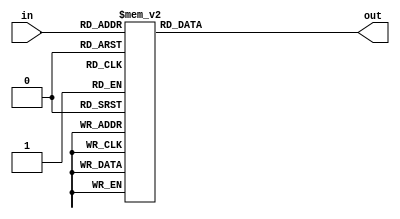
/*
 * Convert a 4-bit binary number for use on a
 * negative-logic seven-segment display.
 */
module ssdd(in, out);
	input [3:0] in;
	output reg [6:0] out;
	
	always @(in)
		case (in)
			4'h0: out = 7'b1000000;
			4'h1: out = 7'b1111001;
			4'h2: out = 7'b0100100;
			4'h3: out = 7'b0110000;
			4'h4: out = 7'b0011001;
			4'h5: out = 7'b0010010;
			4'h6: out = 7'b0000010;
			4'h7: out = 7'b1111000;
			4'h8: out = 7'b0000000;
			4'h9: out = 7'b0011000;
			4'hA: out = 7'b0001000;
			4'hB: out = 7'b0000011;
			4'hC: out = 7'b1000110;
			4'hD: out = 7'b0100001;
			4'hE: out = 7'b0000110;
			4'hF: out = 7'b0001110;
			default: out = 7'b0110110;
		endcase
endmodule